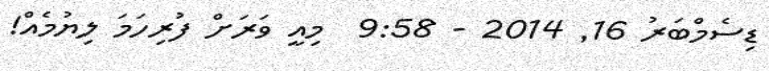
ޑިސެމްބަރު 16